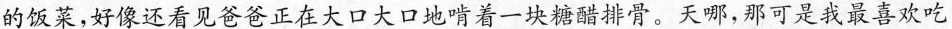
的饭菜，好像还看见爸爸正在大口大口地啃着一块糖醋排骨。天哪，那可是我最喜欢吃